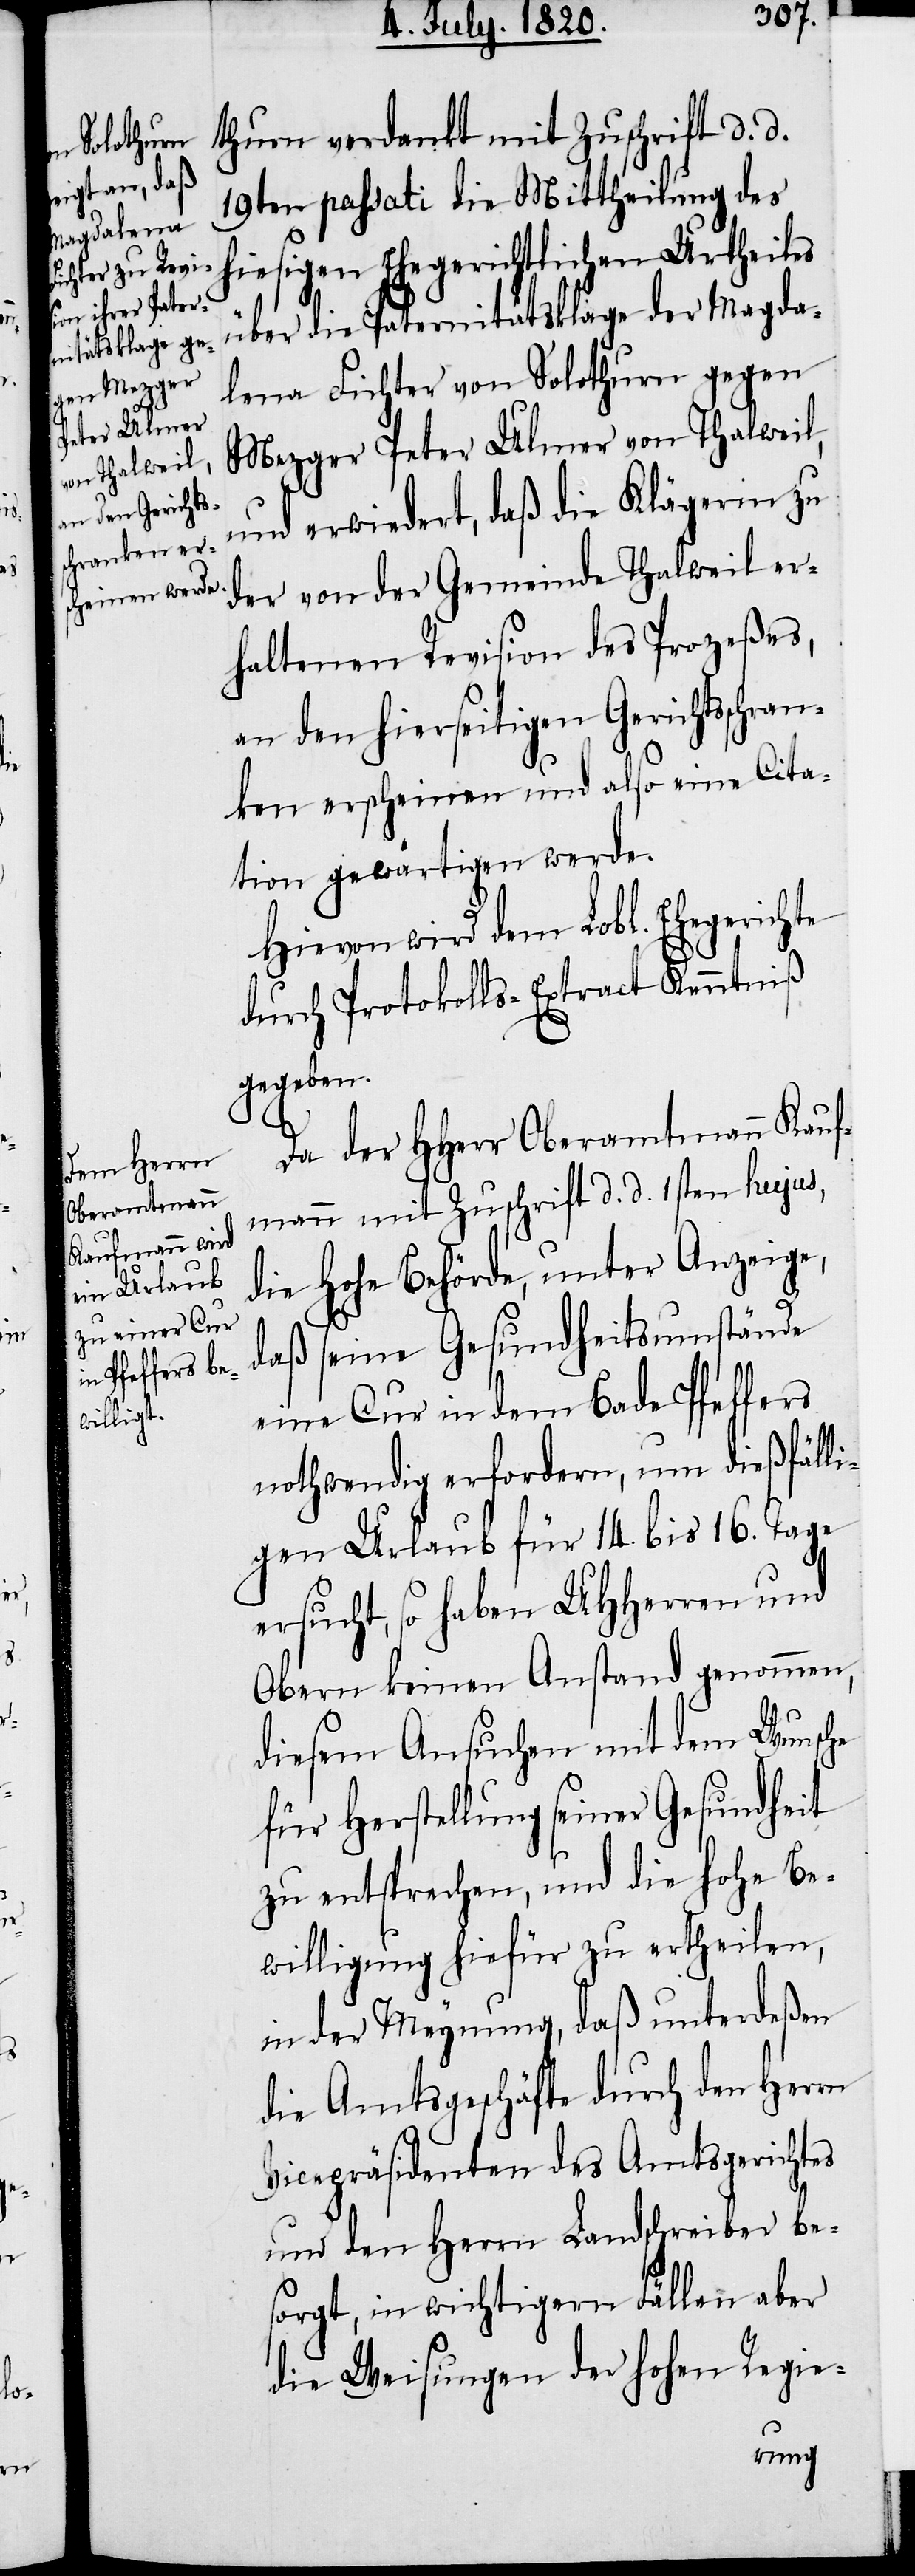
thurn verdankt mit Zuschrift d. d.
19ten passati die Mittheilung des
hiesigen Ehegerichtlichen Urtheiles
über die Paternitätsklage der Magda¬
lena Fichter von Solothurn gegen
Mezger Peter Ulmer von Thalweil,
und erwiedert, daß die Klägerin zu
der von der Gemeinde Thalweil er¬
haltenen Revision des Prozeßes,
an den hierseitigen Gerichtsschran¬
ken erschienen und also eine Cita¬
tion gewärtigen werde.
Hievon wird dem Lobl. Ehegerichte
durch Protokolls-Extract Kenntniß
gegeben.
Da der HHerr Oberamtmann Kauf¬
mann mit Zuschrift d. d. 1sten hujus,
die hohe Behörde unter Anzeige,
daß seine Gesundheitsumstände
eine Cur in dem Bade Pfeffers
nothwendig erfordern, um dießfäll¬
igen Urlaub für 14. bis 16. Tage
ersucht, so haben UHHerren und
Obern keinen Anstand genommen,
diesem Ansuchen mit dem Wunsche
für Herstellung seiner Gesundheit
zu entsprechen, und die hohe Be¬
willigung hiefür zu ertheilen,
in der Meynung, daß unterdeßen
die Amtsgeschäfte durch den Herrn
Vicepräsidenten des Amtsgerichtes
und den Herrn Landschreiber be¬
sorgt, in wichtigern Fällen aber
die Weisungen der hohen Regie-